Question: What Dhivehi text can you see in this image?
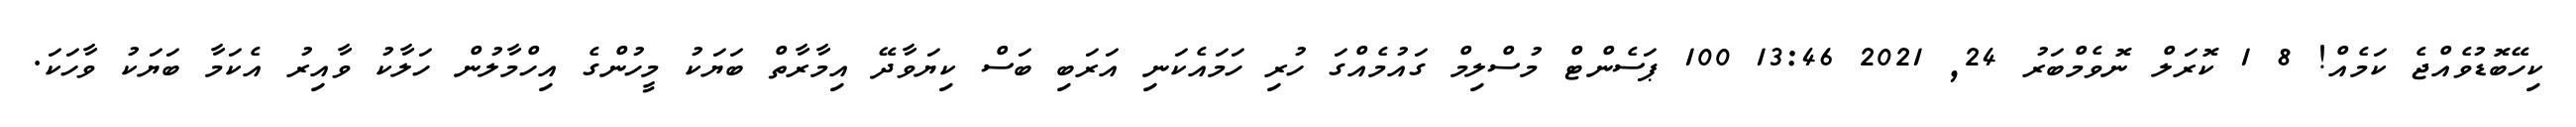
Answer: ކިހޭބޮޑުވެއްޖެ ކަމެއް! 8 1 ކޮރަލް ނޮވެމްބަރު 24, 2021 13:46 100 ޕަސެންޓް މުސްލިމް ގައުމެއްގަ ހުރި ހަމައެކަނި އަރަބި ބަސް ކިޔަވާދޭ އިމާރާތް ބަޔަކު މީހުންގެ އިހްމާލުން ހަލާކު ވާއިރު އެކަމާ ބަޔަކު ވާހަކަ.